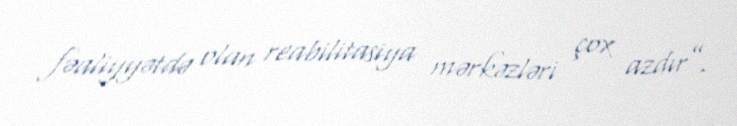
fəaliyyətdə olan reabilitasiya mərkəzləri çox azdır”.